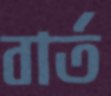
বার্ত